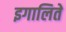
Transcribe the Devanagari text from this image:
इगालिते